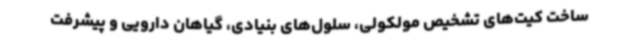
ساخت کیت‌های تشخیص مولکولی، سلول‌های بنیادی، گیاهان دارویی و پیشرفت